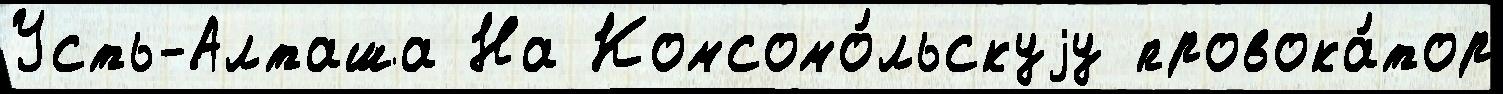
Усть-Алташа На Комсомо́льскуjу провока́тор